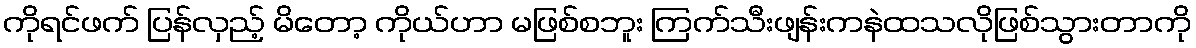
ကိုရင်ဖက် ပြန်လှည့် မိတော့ ကိုယ်ဟာ မဖြစ်စဘူး ကြက်သီးဖျန်းကနဲထသလိုဖြစ်သွားတာကို